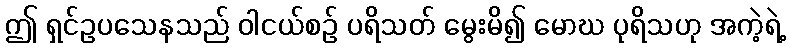
ဤ ရှင်ဥပသေနသည် ဝါငယ်စဉ် ပရိသတ် မွေးမိ၍ မောဃ ပုရိသဟု အကဲ့ရဲ့